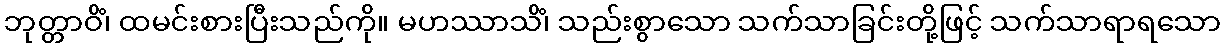
ဘုတ္တာဝိံ၊ ထမင်းစားပြီးသည်ကို။ မဟဿာသိံ၊ သည်းစွာသော သက်သာခြင်းတို့ဖြင့် သက်သာရာရသော